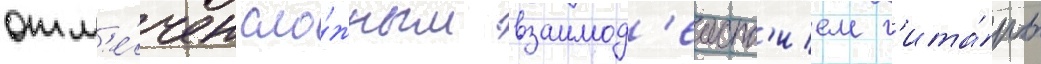
отм'е́чен сло́жным взаимод'еиств'ием г'ита́ры